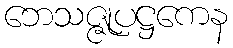
ဘေသဇ္ဇုပဋ္ဌကေန